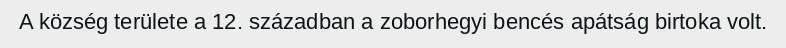
A község területe a 12. században a zoborhegyi bencés apátság birtoka volt.